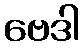
ဗေဒါ